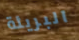
البريئة